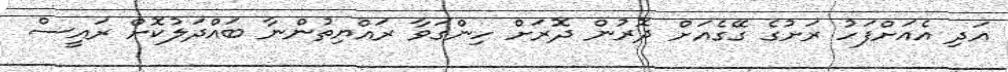
އަދި އެއަށްފަހު ރަށުގެ ގޭގެއަށް ދޮރުން ދޮރަށް ހިންގަވާ ރައްޔިތުންނާ ބައްދަލުކޮށް ރައީސް